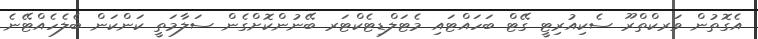
އެގޮތުން ވަރކްތްރޫ ސެކިއުރިޓީ ގޭޓް ބަހައްޓައި މެޓަލްޑިޓެކްޓަރ ބޭނުންކޮށްގެން ސަލާމަތީ ކަންކަން ބެލެހެއްޓޭނެ